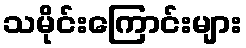
သမိုင်းကြောင်းများ